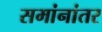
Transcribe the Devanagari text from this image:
समांनांतर